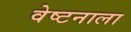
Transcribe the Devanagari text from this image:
वेष्टनाला